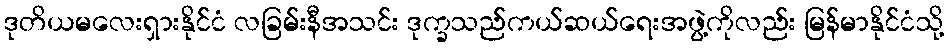
ဒုတိယမလေးရှားနိုင်ငံ လခြမ်းနီအသင်း ဒုက္ခသည်ကယ်ဆယ်ရေးအဖွဲ့ကိုလည်း မြန်မာနိုင်ငံသို့